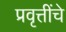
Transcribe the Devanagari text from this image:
प्रवृत्तींचे